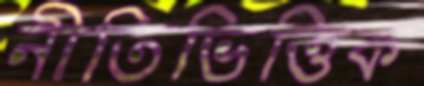
নীতিভিত্তিক